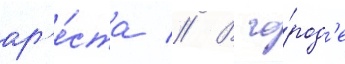
ар'е́ста // В го́род'е